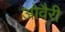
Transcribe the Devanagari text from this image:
ओवैरी